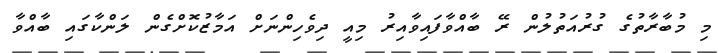
މި މުބާރާތުގެ ގުރުއަތުލުން ރޭ ބާއްވާފައިވާއިރު މިއީ ދިވެހިންނަށް އަމާޒުކޮށްގެން ލަންކާގައި ބާއްވާ